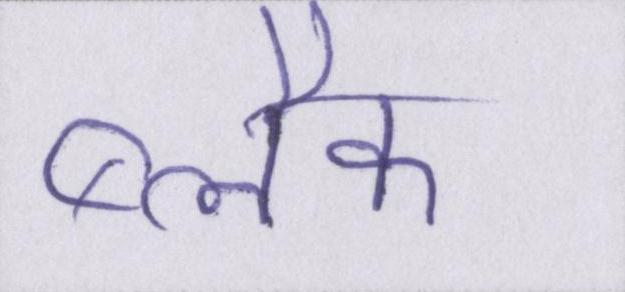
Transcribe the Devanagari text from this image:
ब्लैक